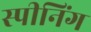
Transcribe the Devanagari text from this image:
स्पीनिंग